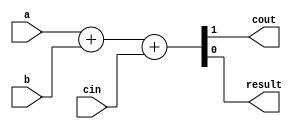
`timescale 1ns / 1ps
//////////////////////////////////////////////////////////////////////////////////
// Company: 
// Engineer: 
// 
// Design Name: 
// Module Name: fullAdder
// Project Name: 
// Target Devices: 
// Tool Versions: 
// Description: 
// 
// Dependencies: 
// 
// Revision:
// Revision 0.01 - File Created
// Additional Comments:
// 
//////////////////////////////////////////////////////////////////////////////////


module fullAdder(
input a, input b, input cin, output cout,output result
    );
    assign {cout,result}=a+b+cin;
endmodule